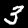
Digit: 3